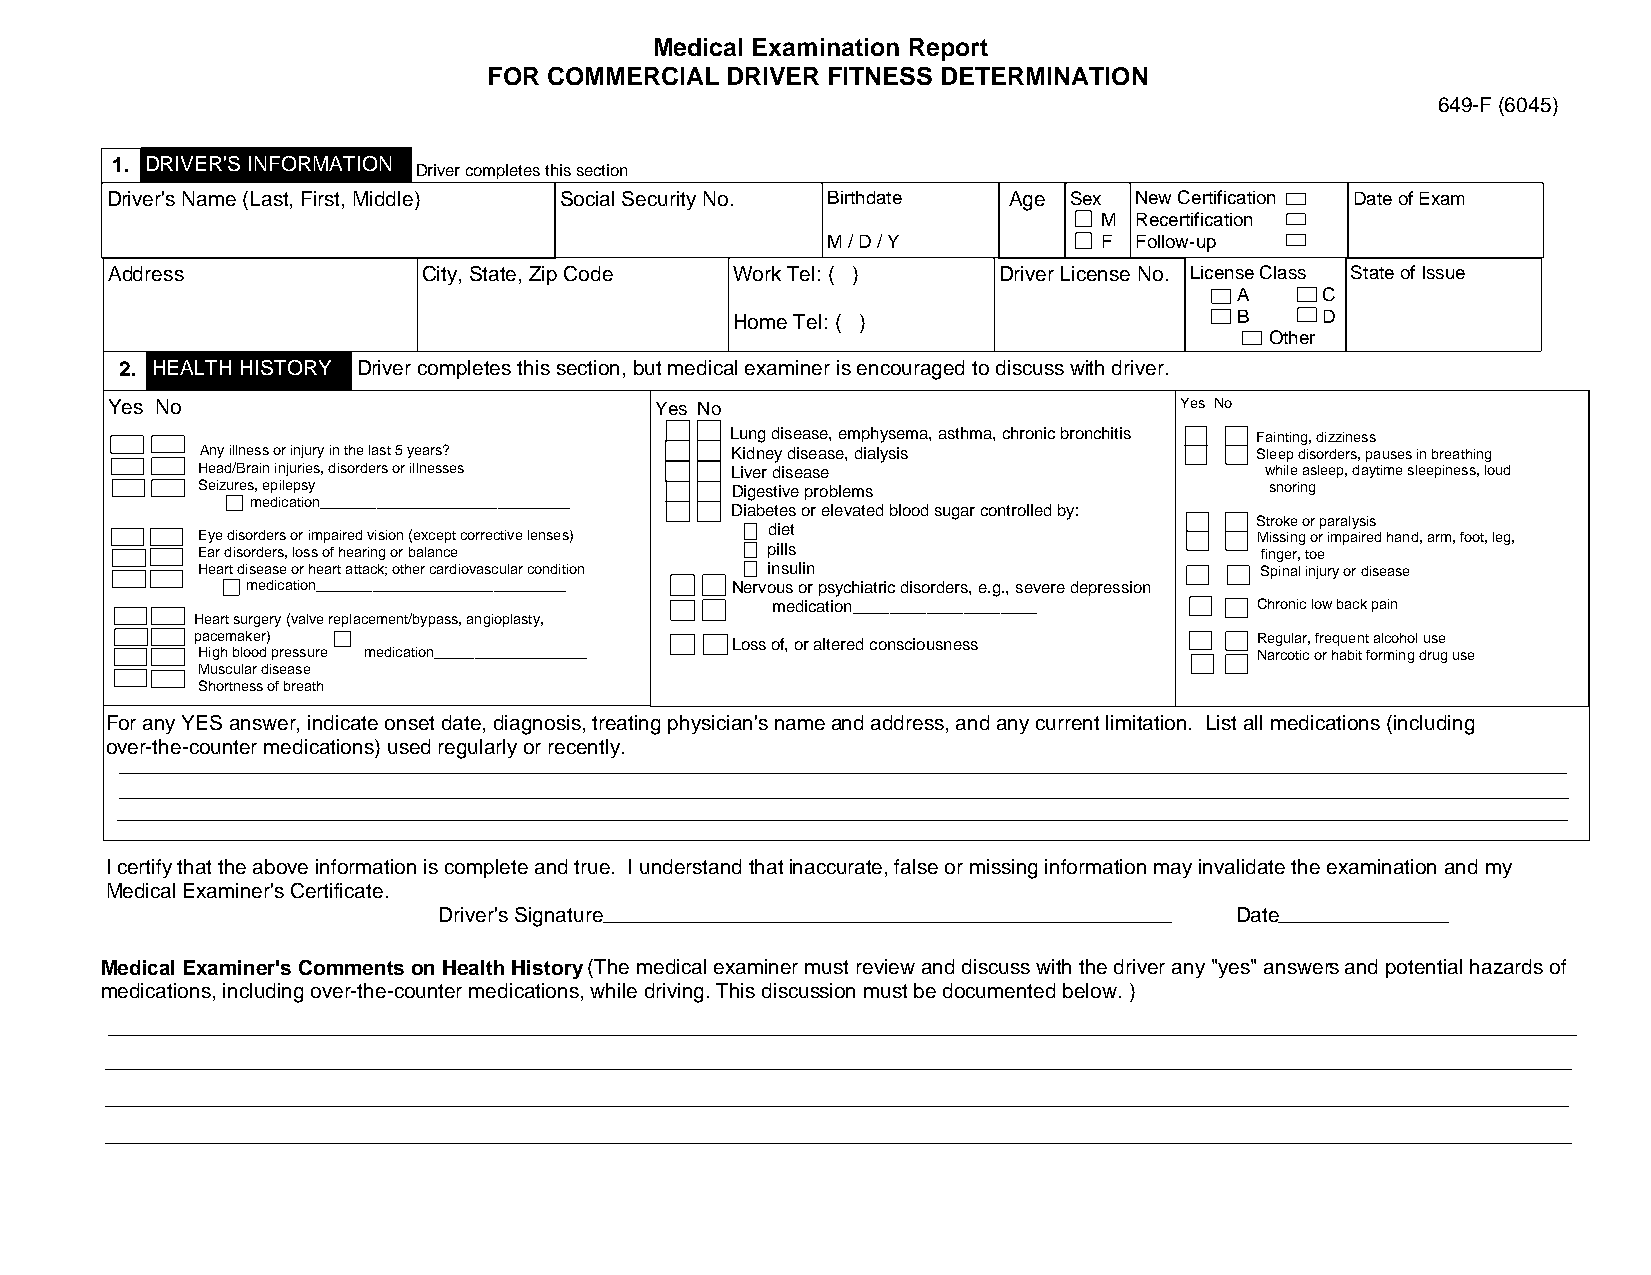
Medical Examination Report
 FOR COMMERCIAL  DRIVER FITNESS DETERMINATION
 649-F (6045)
 1. DRIVER'S INFORMATION
 Driver completes this section
 Driver's Name (Last, First, Middle) Social Security No. Birthdate Age Sex New Certification Date of Exam
 M Recertification
 M / D / Y         F Follow-up
 Address              City, State, Zip Code Work Tel: ( )   Driver License No. License Class State of Issue
 A    C
 Home Tel: ( )                    B    D
 Other
 2. HEALTH HISTORY Driver completes this section, but medical examiner is encouraged to discuss with driver.
 Yes No                              Yes No                             Yes No
 Lung disease, emphysema, asthma, chronic bronchitis Fainting, dizziness
 Any illness or injury in the last 5 years? Kidney disease, dialysis   Sleep disorders, pauses in breathing
 Head/Brain injuries, disorders or illnesses Liver disease              while asleep, daytime sleepiness, loud
 Seizures, epilepsy                 Digestive problems                  snoring
 medication_______________________________
 Diabetes or elevated blood sugar controlled by:
 Stroke or paralysis
 diet
 Eye disorders or impaired vision (except corrective lenses)           Missing or impaired hand, arm, foot, leg,
 Ear disorders, loss of hearing or balance pills                       finger, toe
 Heart disease or heart attack; other cardiovascular condition insulin Spinal injury or disease
 medication_______________________________ Nervous or psychiatric disorders, e.g., severe depression
 medication____________________  Chronic low back pain
 Heart surgery (valve replacement/bypass, angioplasty,
 pacemaker)                         Loss of, or altered consciousness  Regular, frequent alcohol use
 High blood pressure medication___________________                     Narcotic or habit forming drug use
 Muscular disease
 Shortness of breath
 For any YES answer, indicate onset date, diagnosis, treating physician's name and address, and any current limitation. List all medications (including
 over-the-counter medications) used regularly or recently.
 I certify that the above information is complete and true. I understand that inaccurate, false or missing information may invalidate the examination and my
 Medical Examiner's Certificate.
 Driver's Signature                                   Date
 Medical Examiner's Comments on Health History (The medical examiner must review and discuss with the driver any "yes" answers and potential hazards of
 medications, including over-the-counter medications, while driving. This discussion must be documented below. )